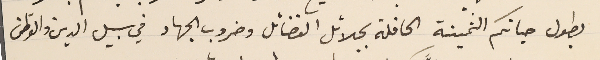
بطول حياتكم الثمينة الحافلة بجلائل الفضائل وضروب الجهاد في سبيل الدين والوطن